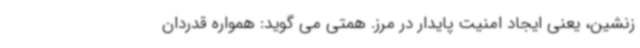
زنشین، یعنی ایجاد امنیت پایدار در مرز. همتی می گوید: همواره قدردان